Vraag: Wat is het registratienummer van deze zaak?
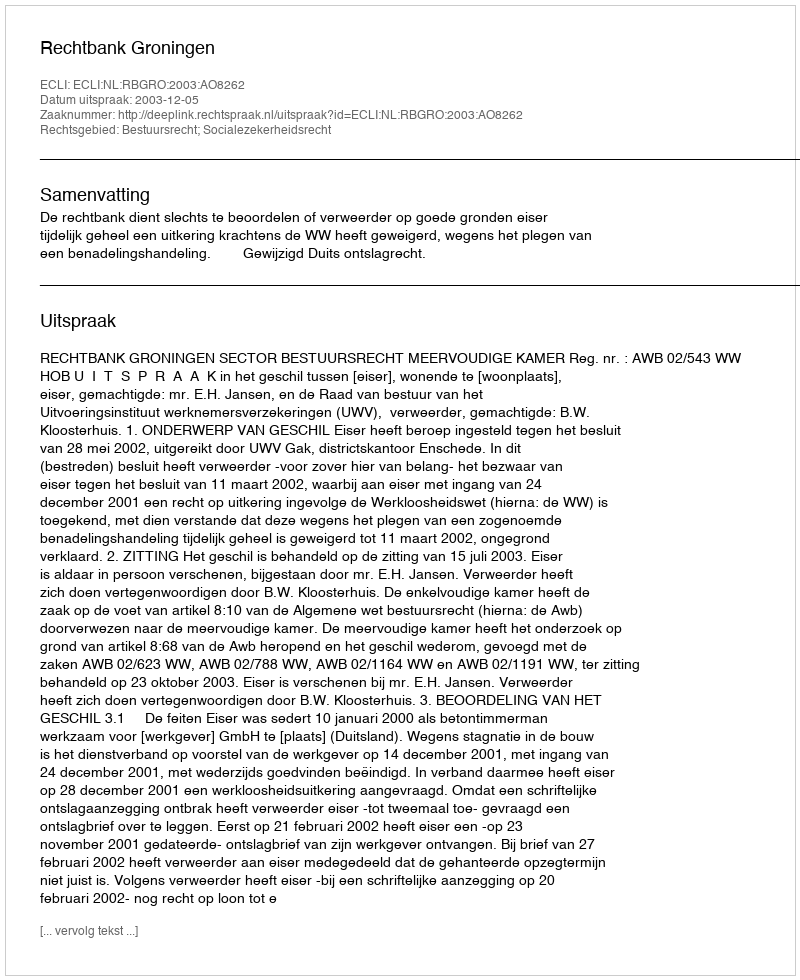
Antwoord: http://deeplink.rechtspraak.nl/uitspraak?id=ECLI:NL:RBGRO:2003:AO8262